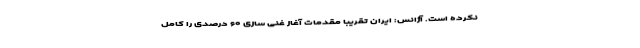
نکرده است. آژانس: ایران تقریبا مقدمات آغاز غنی سازی ۶۰ درصدی را کامل